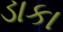
ડાકા